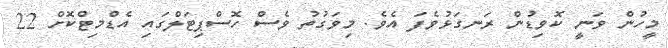
މީހުން ވަނީ ކޮވިޑުން ރަނގަޅުވެފަ އެވެ. މިވަގުތު ވެސް ހޮސްޕިޓަލްގައި އެޑްމިޓްކޮށް 22